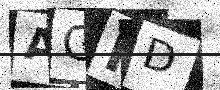
Text: AGID